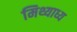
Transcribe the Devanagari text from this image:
मिथ्याध्य